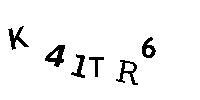
K41TR6